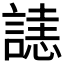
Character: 𧫉